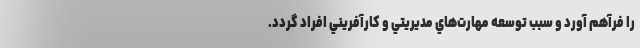
را فرآهم آورد و سبب توسعه مهارت‌هاي مديريتي و كارآفريني افراد گردد.